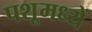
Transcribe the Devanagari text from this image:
पशूमध्यें